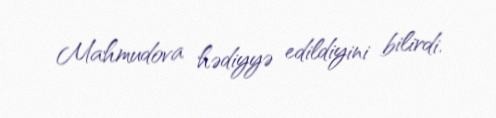
Mahmudova hədiyyə edildiyini bilirdi.